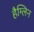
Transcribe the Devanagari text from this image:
हैम्लिन